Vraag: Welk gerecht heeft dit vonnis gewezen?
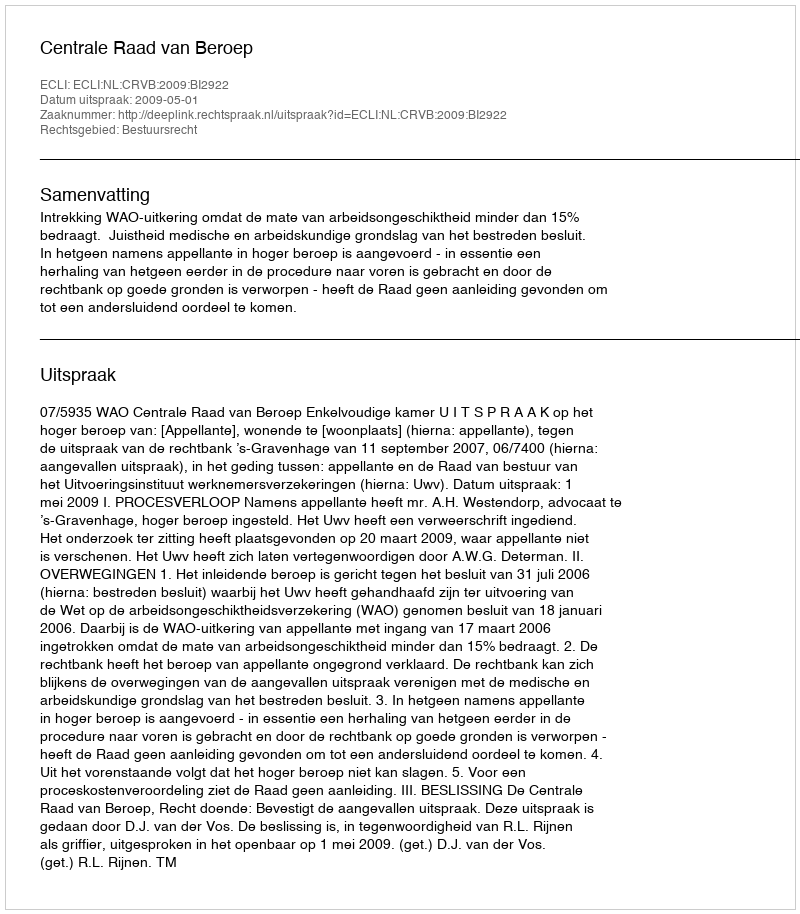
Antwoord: Centrale Raad van Beroep